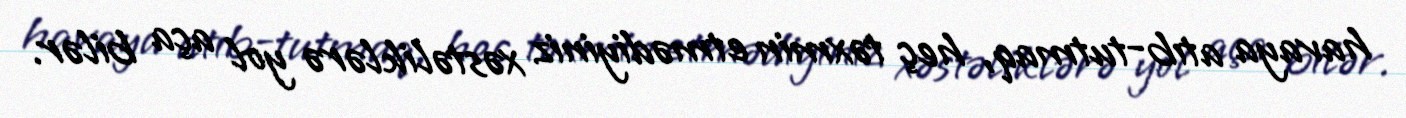
havaya atıb-tutmaq, heç təxmin etmədiyiniz xəstəliklərə yol aça bilər.